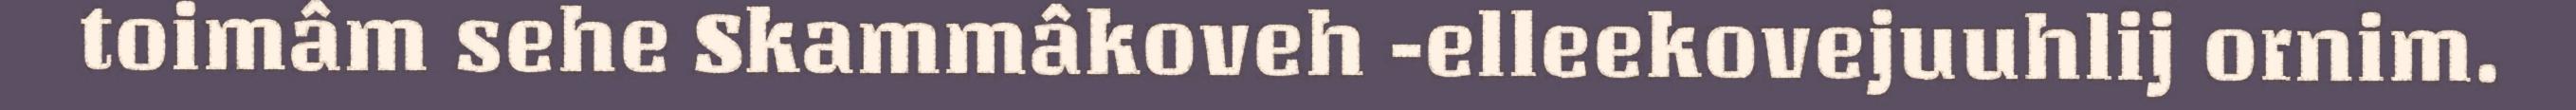
toimâm sehe Skammâkoveh -elleekovejuuhlij ornim.